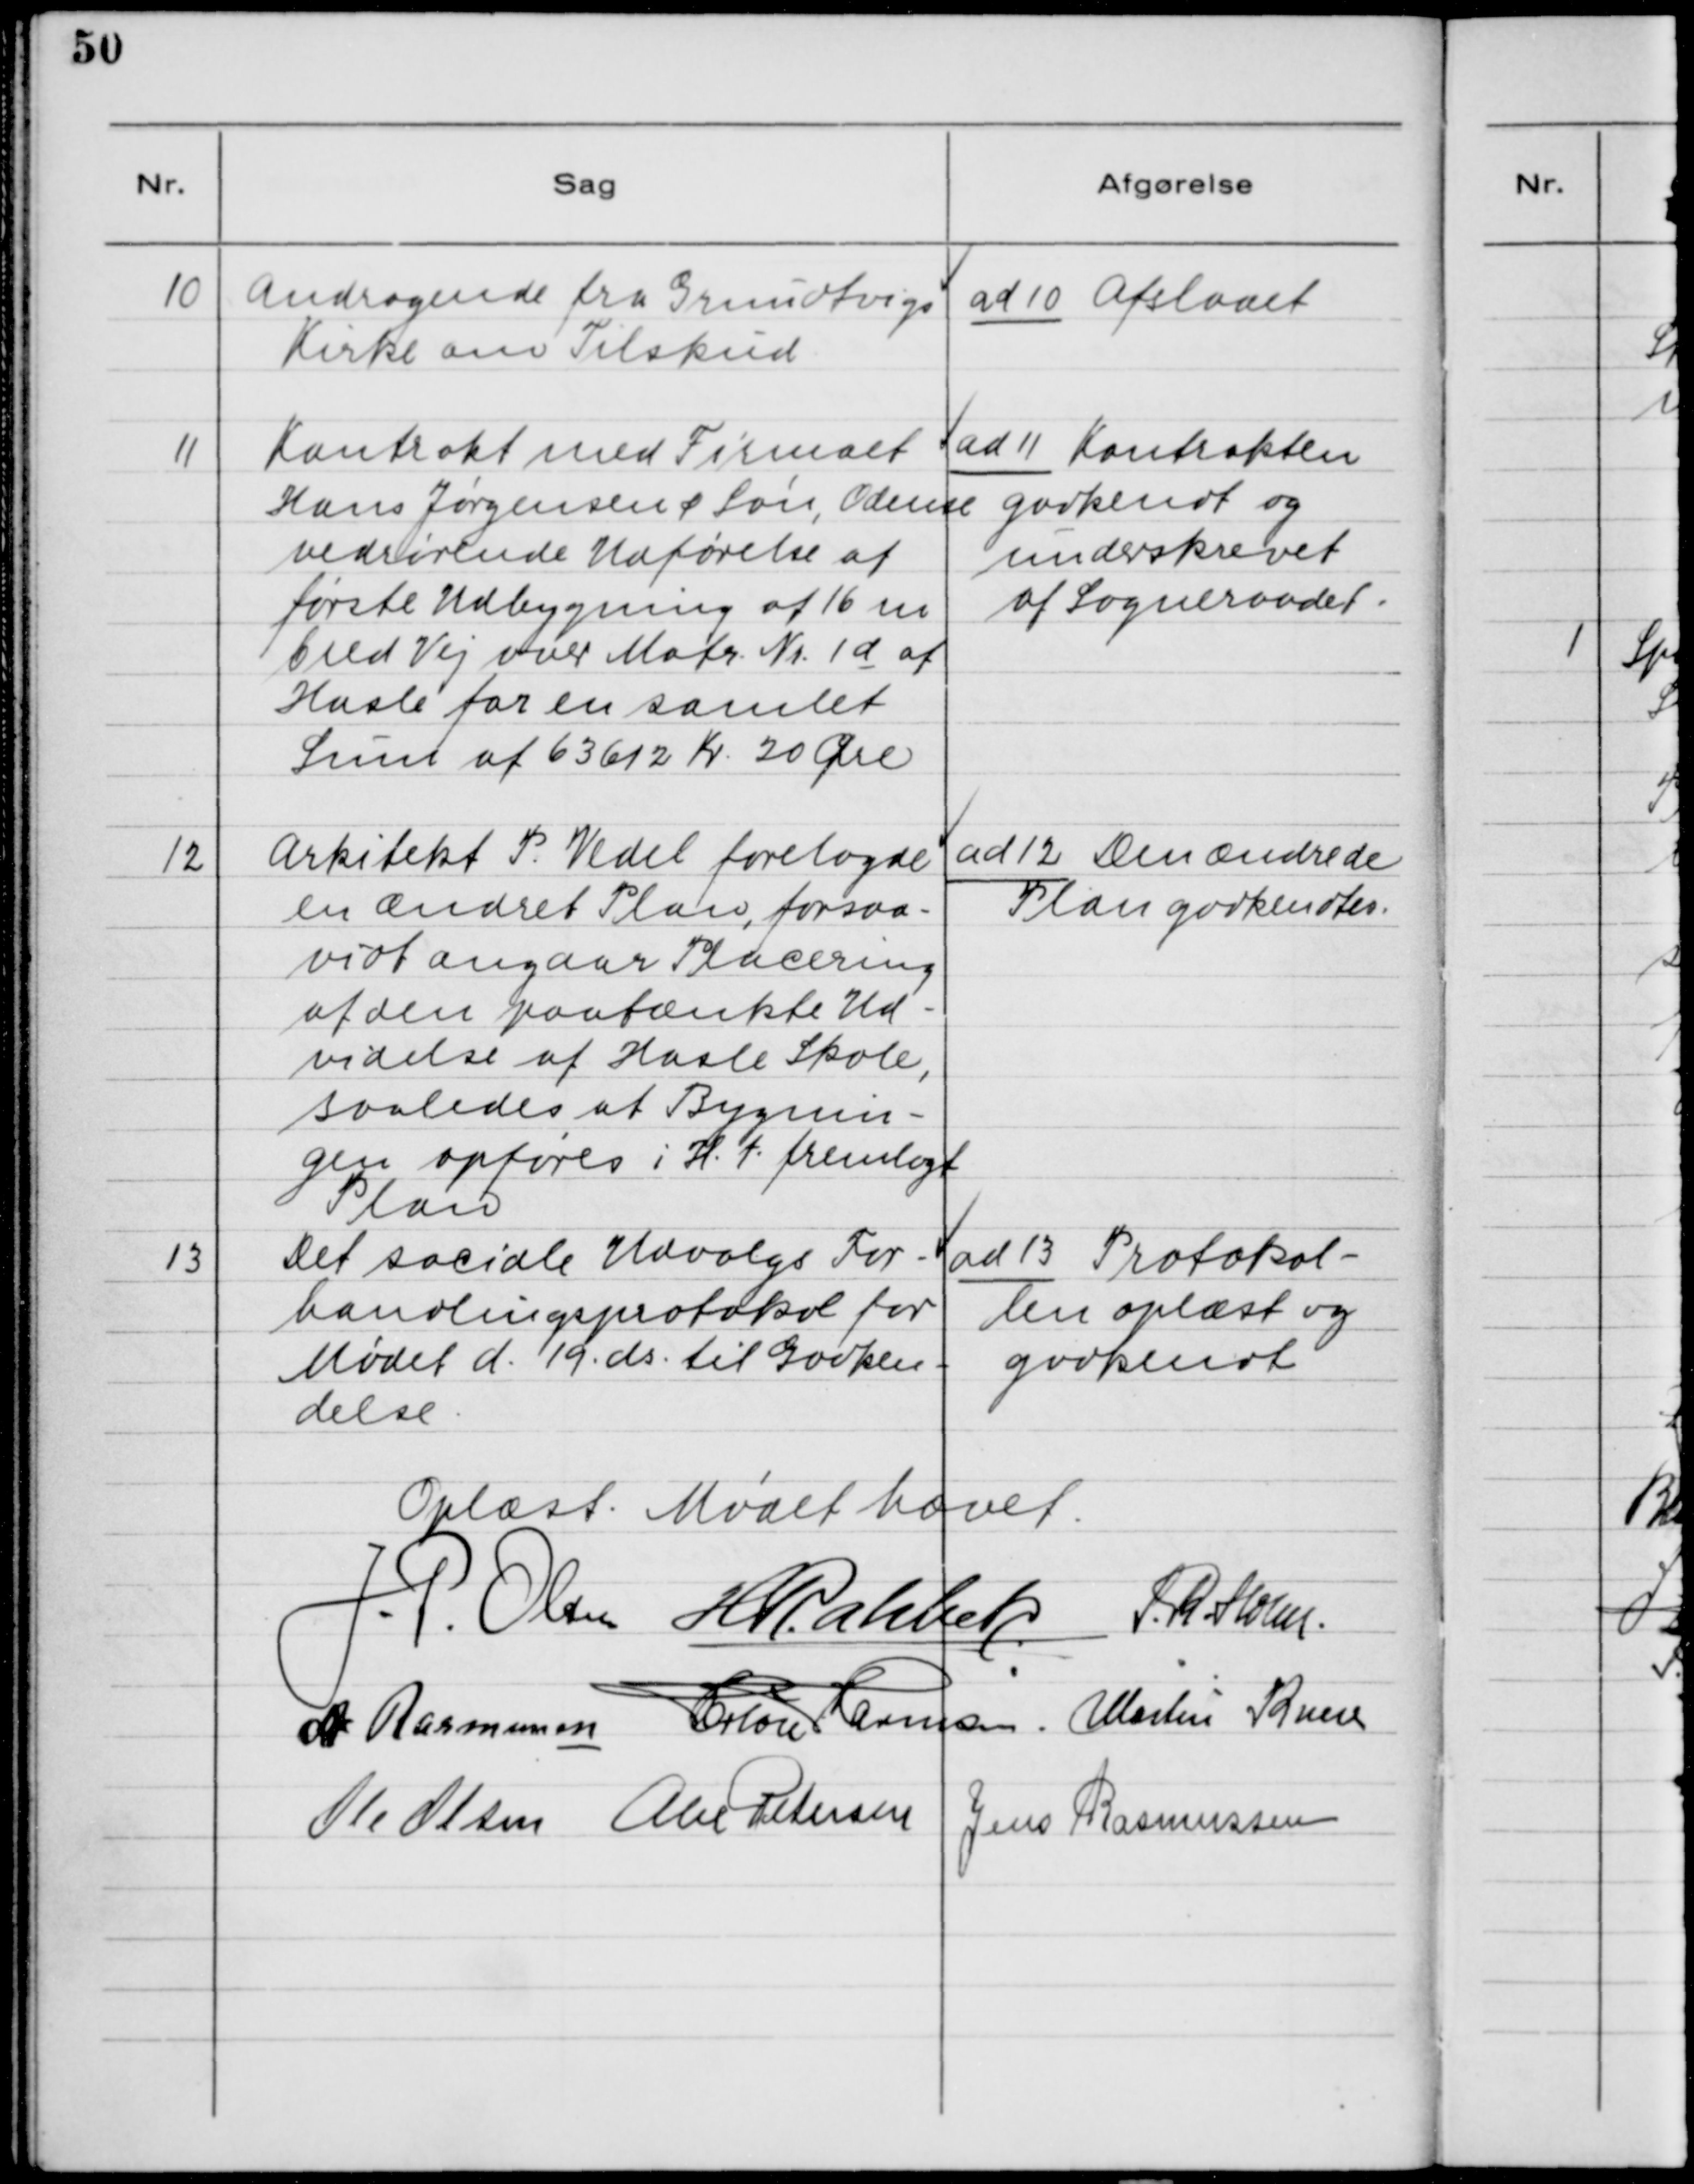
Transskription:
10. Andragende fra Grundvigs
Kirke om Tilskud

ad 10. Afslaaet

11. Kontrakt med Firmaet
Hans Jørgensen & Søn, Odense
vedrørende Udførelse af
første Udbygning af 16 m
bred Vej over Matr. Nr. 1d af
Hasle for en samlet
Sum af 63612 Kr. 20 Øre.

ad 11. Kontrakten
godkendt og
underskrevet
af Sogneraadet.

12. Arkitekt P. Vedel forelagde
en Ændret Plan, forsaa-
vidt angaar Placering
af den paatænkte Ud-
videlse af Hasle Skole,
saaledes at Bygnin-
gen opføres i H.t. fremlagt
Plan.

ad 12. Den ændrede
Plan godkendtes.

13. Det sociale Udvalgs For-
handlingsprotokol for
Mødet d. 19 ds. til Godken-
delse.

ad 13. Protokol-
len oplæst og
godkendt.

Oplæst. Mødet hævet.